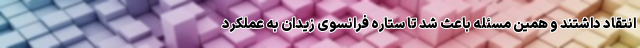
انتقاد داشتند و همین مسئله باعث شد تا ستاره فرانسوی زیدان به عملکرد